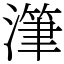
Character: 潷